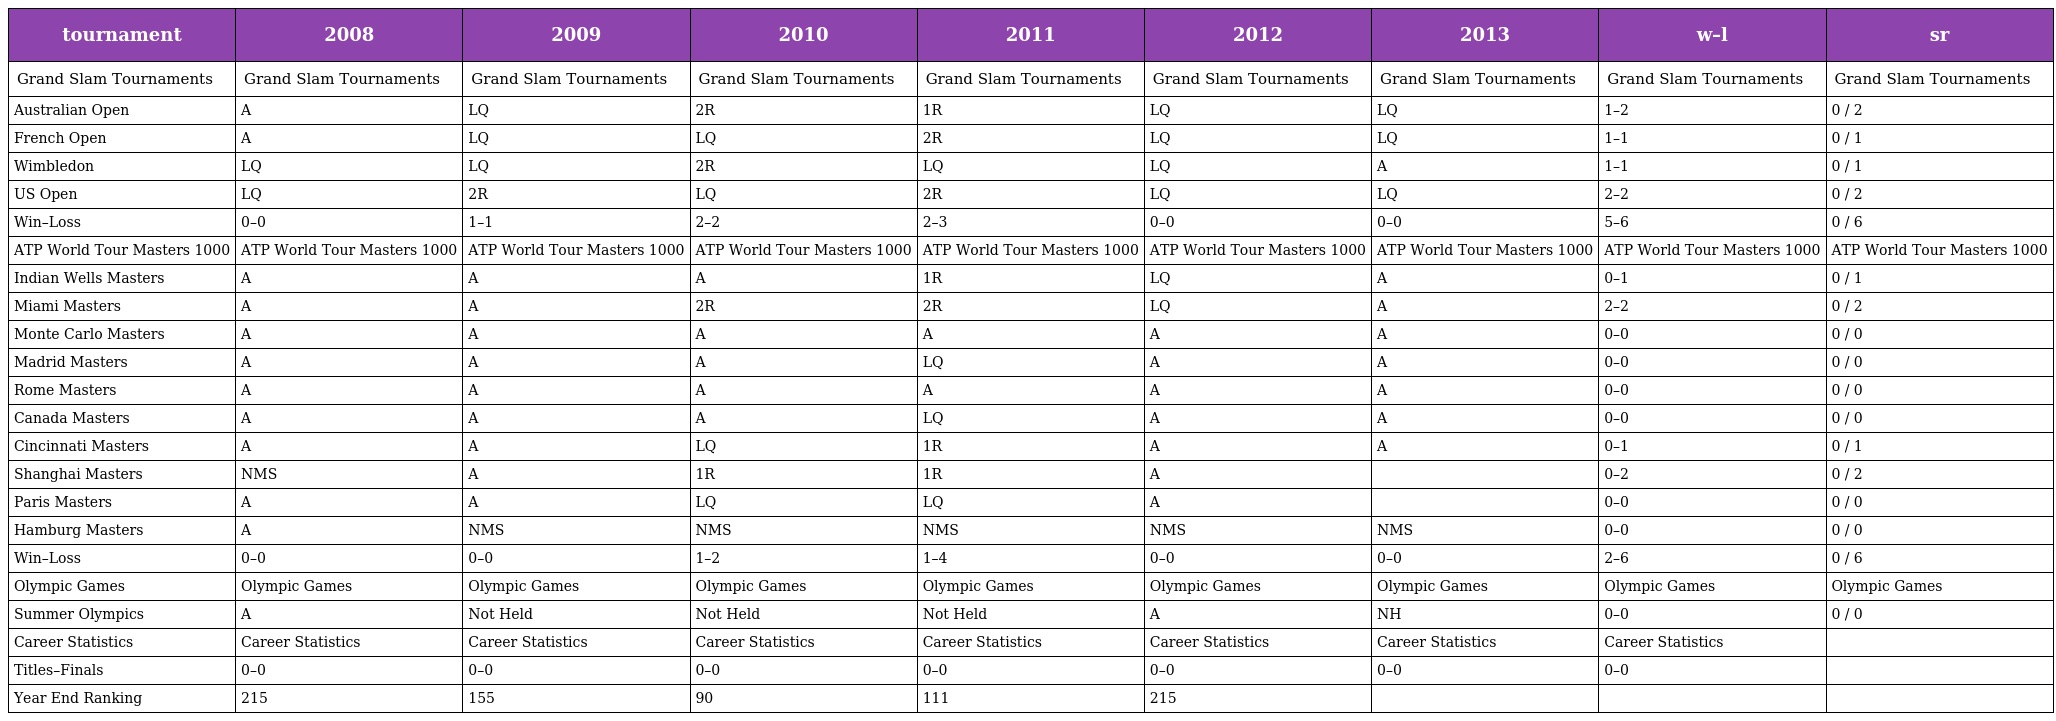
| tournament | 2008 | 2009 | 2010 | 2011 | 2012 | 2013 | w–l | sr |
 | --- | --- | --- | --- | --- | --- | --- | --- | --- |
 | Grand Slam Tournaments | Grand Slam Tournaments | Grand Slam Tournaments | Grand Slam Tournaments | Grand Slam Tournaments | Grand Slam Tournaments | Grand Slam Tournaments | Grand Slam Tournaments | Grand Slam Tournaments |
 | Australian Open | A | LQ | 2R | 1R | LQ | LQ | 1–2 | 0 / 2 |
 | French Open | A | LQ | LQ | 2R | LQ | LQ | 1–1 | 0 / 1 |
 | Wimbledon | LQ | LQ | 2R | LQ | LQ | A | 1–1 | 0 / 1 |
 | US Open | LQ | 2R | LQ | 2R | LQ | LQ | 2–2 | 0 / 2 |
 | Win–Loss | 0–0 | 1–1 | 2–2 | 2–3 | 0–0 | 0–0 | 5–6 | 0 / 6 |
 | ATP World Tour Masters 1000 | ATP World Tour Masters 1000 | ATP World Tour Masters 1000 | ATP World Tour Masters 1000 | ATP World Tour Masters 1000 | ATP World Tour Masters 1000 | ATP World Tour Masters 1000 | ATP World Tour Masters 1000 | ATP World Tour Masters 1000 |
 | Indian Wells Masters | A | A | A | 1R | LQ | A | 0–1 | 0 / 1 |
 | Miami Masters | A | A | 2R | 2R | LQ | A | 2–2 | 0 / 2 |
 | Monte Carlo Masters | A | A | A | A | A | A | 0–0 | 0 / 0 |
 | Madrid Masters | A | A | A | LQ | A | A | 0–0 | 0 / 0 |
 | Rome Masters | A | A | A | A | A | A | 0–0 | 0 / 0 |
 | Canada Masters | A | A | A | LQ | A | A | 0–0 | 0 / 0 |
 | Cincinnati Masters | A | A | LQ | 1R | A | A | 0–1 | 0 / 1 |
 | Shanghai Masters | NMS | A | 1R | 1R | A |  | 0–2 | 0 / 2 |
 | Paris Masters | A | A | LQ | LQ | A |  | 0–0 | 0 / 0 |
 | Hamburg Masters | A | NMS | NMS | NMS | NMS | NMS | 0–0 | 0 / 0 |
 | Win–Loss | 0–0 | 0–0 | 1–2 | 1–4 | 0–0 | 0–0 | 2–6 | 0 / 6 |
 | Olympic Games | Olympic Games | Olympic Games | Olympic Games | Olympic Games | Olympic Games | Olympic Games | Olympic Games | Olympic Games |
 | Summer Olympics | A | Not Held | Not Held | Not Held | A | NH | 0–0 | 0 / 0 |
 | Career Statistics | Career Statistics | Career Statistics | Career Statistics | Career Statistics | Career Statistics | Career Statistics | Career Statistics |  |
 | Titles–Finals | 0–0 | 0–0 | 0–0 | 0–0 | 0–0 | 0–0 | 0–0 |  |
 | Year End Ranking | 215 | 155 | 90 | 111 | 215 |  |  |  |